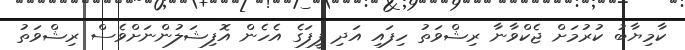
ކާމިޔާބު ކުރުމަށް ޖެކްވާނާ ރިޝްވަތު ހިފައި އަދި ފީފަގެ އެހެން އޮފިޝަލުންނަށްވެސް ރިޝްވަތު